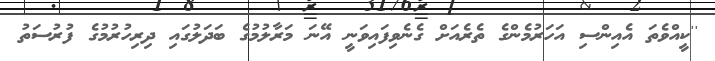
''ކީއްވެތަ އެއިންސި އަހަރުމެންގެ ތެރެއަށް ގެނެވިފައިވަނީ އޭނަ މަރާލުމުގެ ބަދަލުގައި ދިރިހުރުމުގެ ފުރުސަތު